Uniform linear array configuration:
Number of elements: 8
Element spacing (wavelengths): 0.5
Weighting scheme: kaiser
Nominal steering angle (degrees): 60
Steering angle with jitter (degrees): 59.02
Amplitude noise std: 0.05
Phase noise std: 0.05

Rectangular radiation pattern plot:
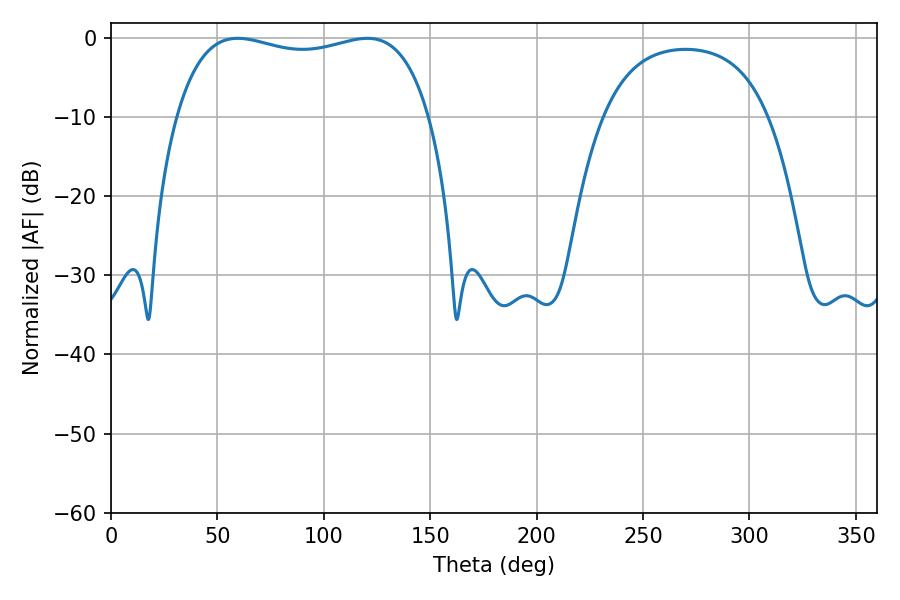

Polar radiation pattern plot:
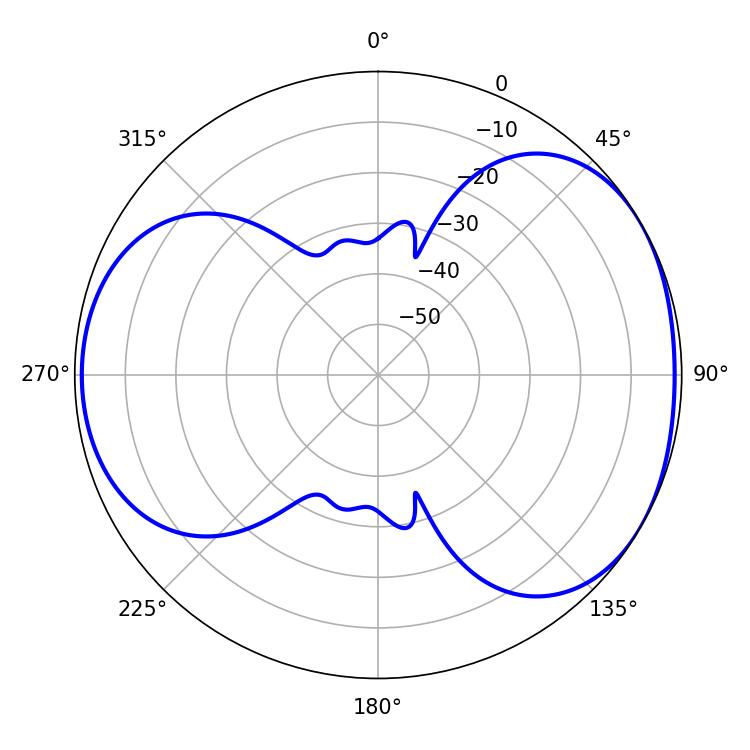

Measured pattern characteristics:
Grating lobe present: FALSE
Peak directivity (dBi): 4.572
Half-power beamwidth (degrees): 96.84
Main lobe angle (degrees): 59.58